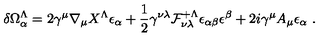
\delta \Omega _ { \alpha } ^ { \Lambda } = 2 \gamma ^ { \mu } \nabla _ { \mu } X ^ { \Lambda } \epsilon _ { \alpha } + { \frac { 1 } { 2 } } \gamma ^ { \nu \lambda } { \cal F } _ { \nu \lambda } ^ { + \Lambda } \epsilon _ { \alpha \beta } \epsilon ^ { \beta } + 2 i \gamma ^ { \mu } A _ { \mu } \epsilon _ { \alpha } \ .